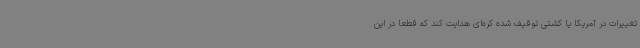
تغییرات در آمریکا یا کشتی توقیف شده کره‌ای هدایت کند که قطعا در این